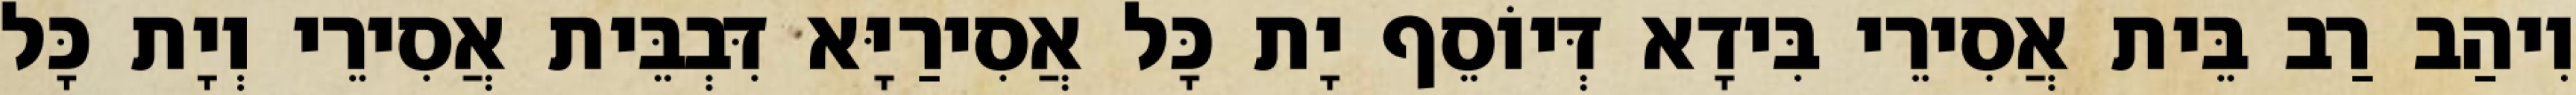
וִיהַב רַב בֵּית אֲסִירֵי בִּידָא דְּיוֹסֵף יָת כָּל אֲסִירַיָּא דִּבְבֵּית אֲסִירֵי וְיָת כָּל